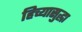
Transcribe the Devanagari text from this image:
हिच्यासुद्धा